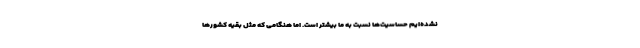
نشده‌ایم حساسیت‌ها نسبت به ما بیشتر است. اما هنگامی که مثل بقیه کشورها